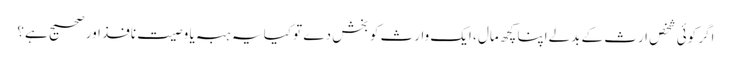
اگر کوئی شخص ارث کے بدلےاپنا کچھ مال ، ایک وارث کو بخش دے تو کیا یہ ہبہ یا وصیت نافذ اور صحیح ہے؟